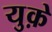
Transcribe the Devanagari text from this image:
युक़े